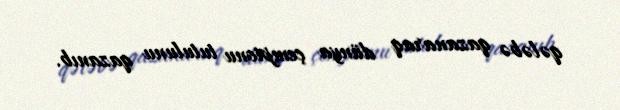
qələbə qazanaraq dünya çempionu tutulunu qazanıb.